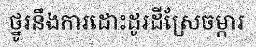
ថ្នូរនឹងការដោះដូរដីស្រែចម្ការ